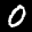
Label: 0